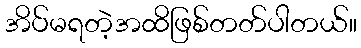
အိပ်မရတဲ့အထိဖြစ်တတ်ပါတယ်။